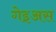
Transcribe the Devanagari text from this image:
गेइअस